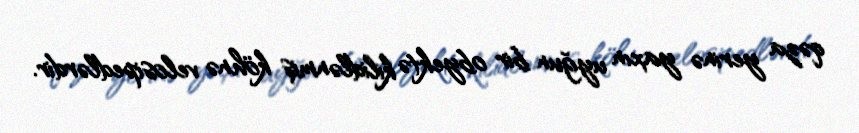
qəza yerinə yaxın uyğun bir obyektə kilidlənmiş köhnə velosipedlərdir.